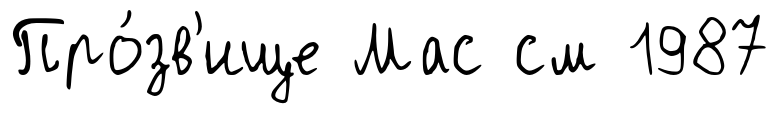
Про́зв'ище Мас см 1987